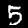
Digit: 5